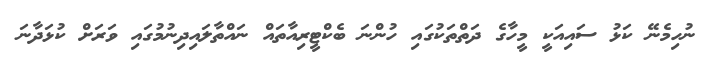
ނުހިމެނޭ ކަޅު ސައިއަކީ މީހާގެ ދަތްތަކުގައި ހުންނަ ބެކްޓީރިއާތައް ނައްތާލައިދިނުމުގައި ވަރަށް ކުޅަދާނަ